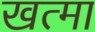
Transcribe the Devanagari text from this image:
खत्मा